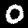
Digit: 0